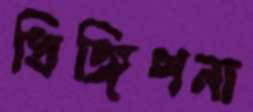
ধিঙ্গিপনা